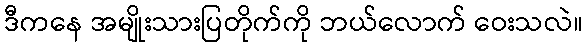
ဒီကနေ အမျိုးသားပြတိုက်ကို ဘယ်လောက် ဝေးသလဲ။